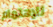
للإهتمام